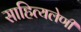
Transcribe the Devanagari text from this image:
साहित्यलेणी